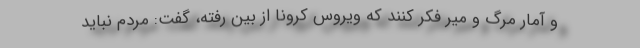
و آمار مرگ و میر فکر کنند که ویروس کرونا از بین رفته، گفت: مردم نباید